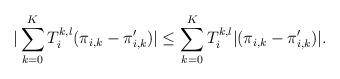
LaTeX: \begin{align*}|\sum\limits_{k=0}^{K}T_i^{k,l}(\pi_{i,k}-\pi'_{i,k})|\leq \sum\limits_{k=0}^{K}T_i^{k,l}|(\pi_{i,k}-\pi'_{i,k})|.\end{align*}